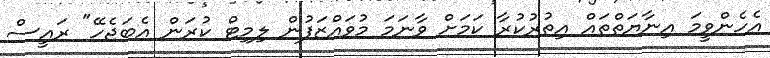
އެހެންވީމަ އިނާޔަތްތައް އިތުރުކުރާ ކަމަށް ވާނަމަ މުވައްޒަފުން ލިމިޓް ކުރަން އެބަޖެހޭ" ރައީސް